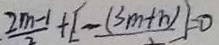
\frac { 2 m - 1 } { 2 } + [ - ( \frac { 3 m + n } { 2 } ) ] = 0